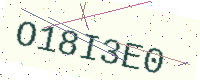
Text: O18I3E0